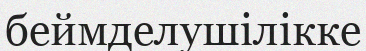
беймделушілікке